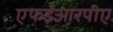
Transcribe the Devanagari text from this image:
एफईआरपीए